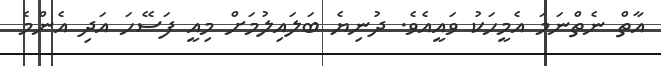
އާތް ނެތްނަމަ އެމީހަކު ވައީއެވެ. ދުނިޔެ ބަލައިލުމަށް މިއީ ފަސޭހަ އަދި އެންމެ